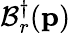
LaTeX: \mathcal{B}_{r}^{\dagger}(\mathbf{{p}})